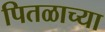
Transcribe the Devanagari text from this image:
पितळाच्या